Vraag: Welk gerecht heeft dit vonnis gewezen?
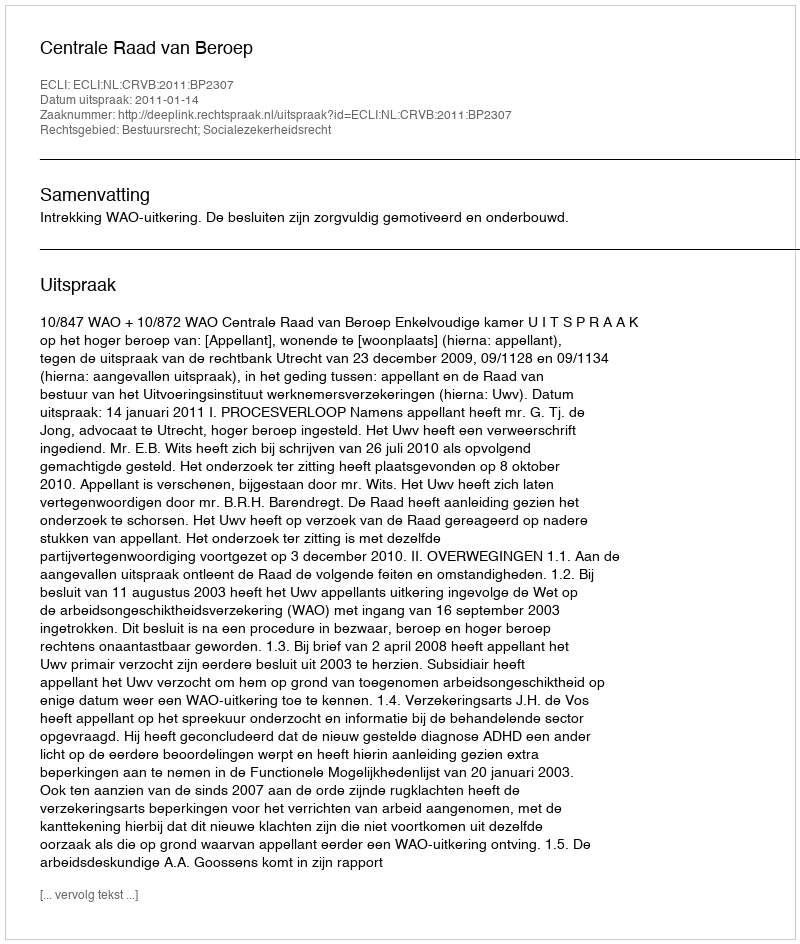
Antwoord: Centrale Raad van Beroep